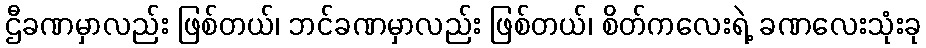
ဌီခဏမှာလည်း ဖြစ်တယ်၊ ဘင်ခဏမှာလည်း ဖြစ်တယ်၊ စိတ်ကလေးရဲ့ ခဏလေးသုံးခု